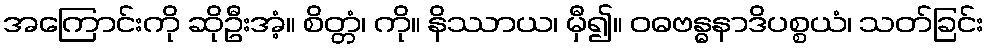
အကြောင်းကို ဆိုဦးအံ့။ စိတ္တံ၊ ကို။ နိဿာယ၊ မှီ၍။ ဝဓဗန္ဓနာဒိပစ္စယံ၊ သတ်ခြင်း